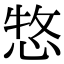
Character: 𢛮